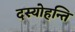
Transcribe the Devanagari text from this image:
दस्योहन्ति